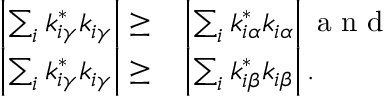
\begin{array} { r l } { \left| \sum _ { i } k _ { i \gamma } ^ { * } k _ { i \gamma } \right| \geq } & { { } \left| \sum _ { i } k _ { i \alpha } ^ { * } k _ { i \alpha } \right| \mathrm { ~ a ~ n ~ d ~ } } \\ { \left| \sum _ { i } k _ { i \gamma } ^ { * } k _ { i \gamma } \right| \geq } & { { } \left| \sum _ { i } k _ { i \beta } ^ { * } k _ { i \beta } \right| . } \end{array}